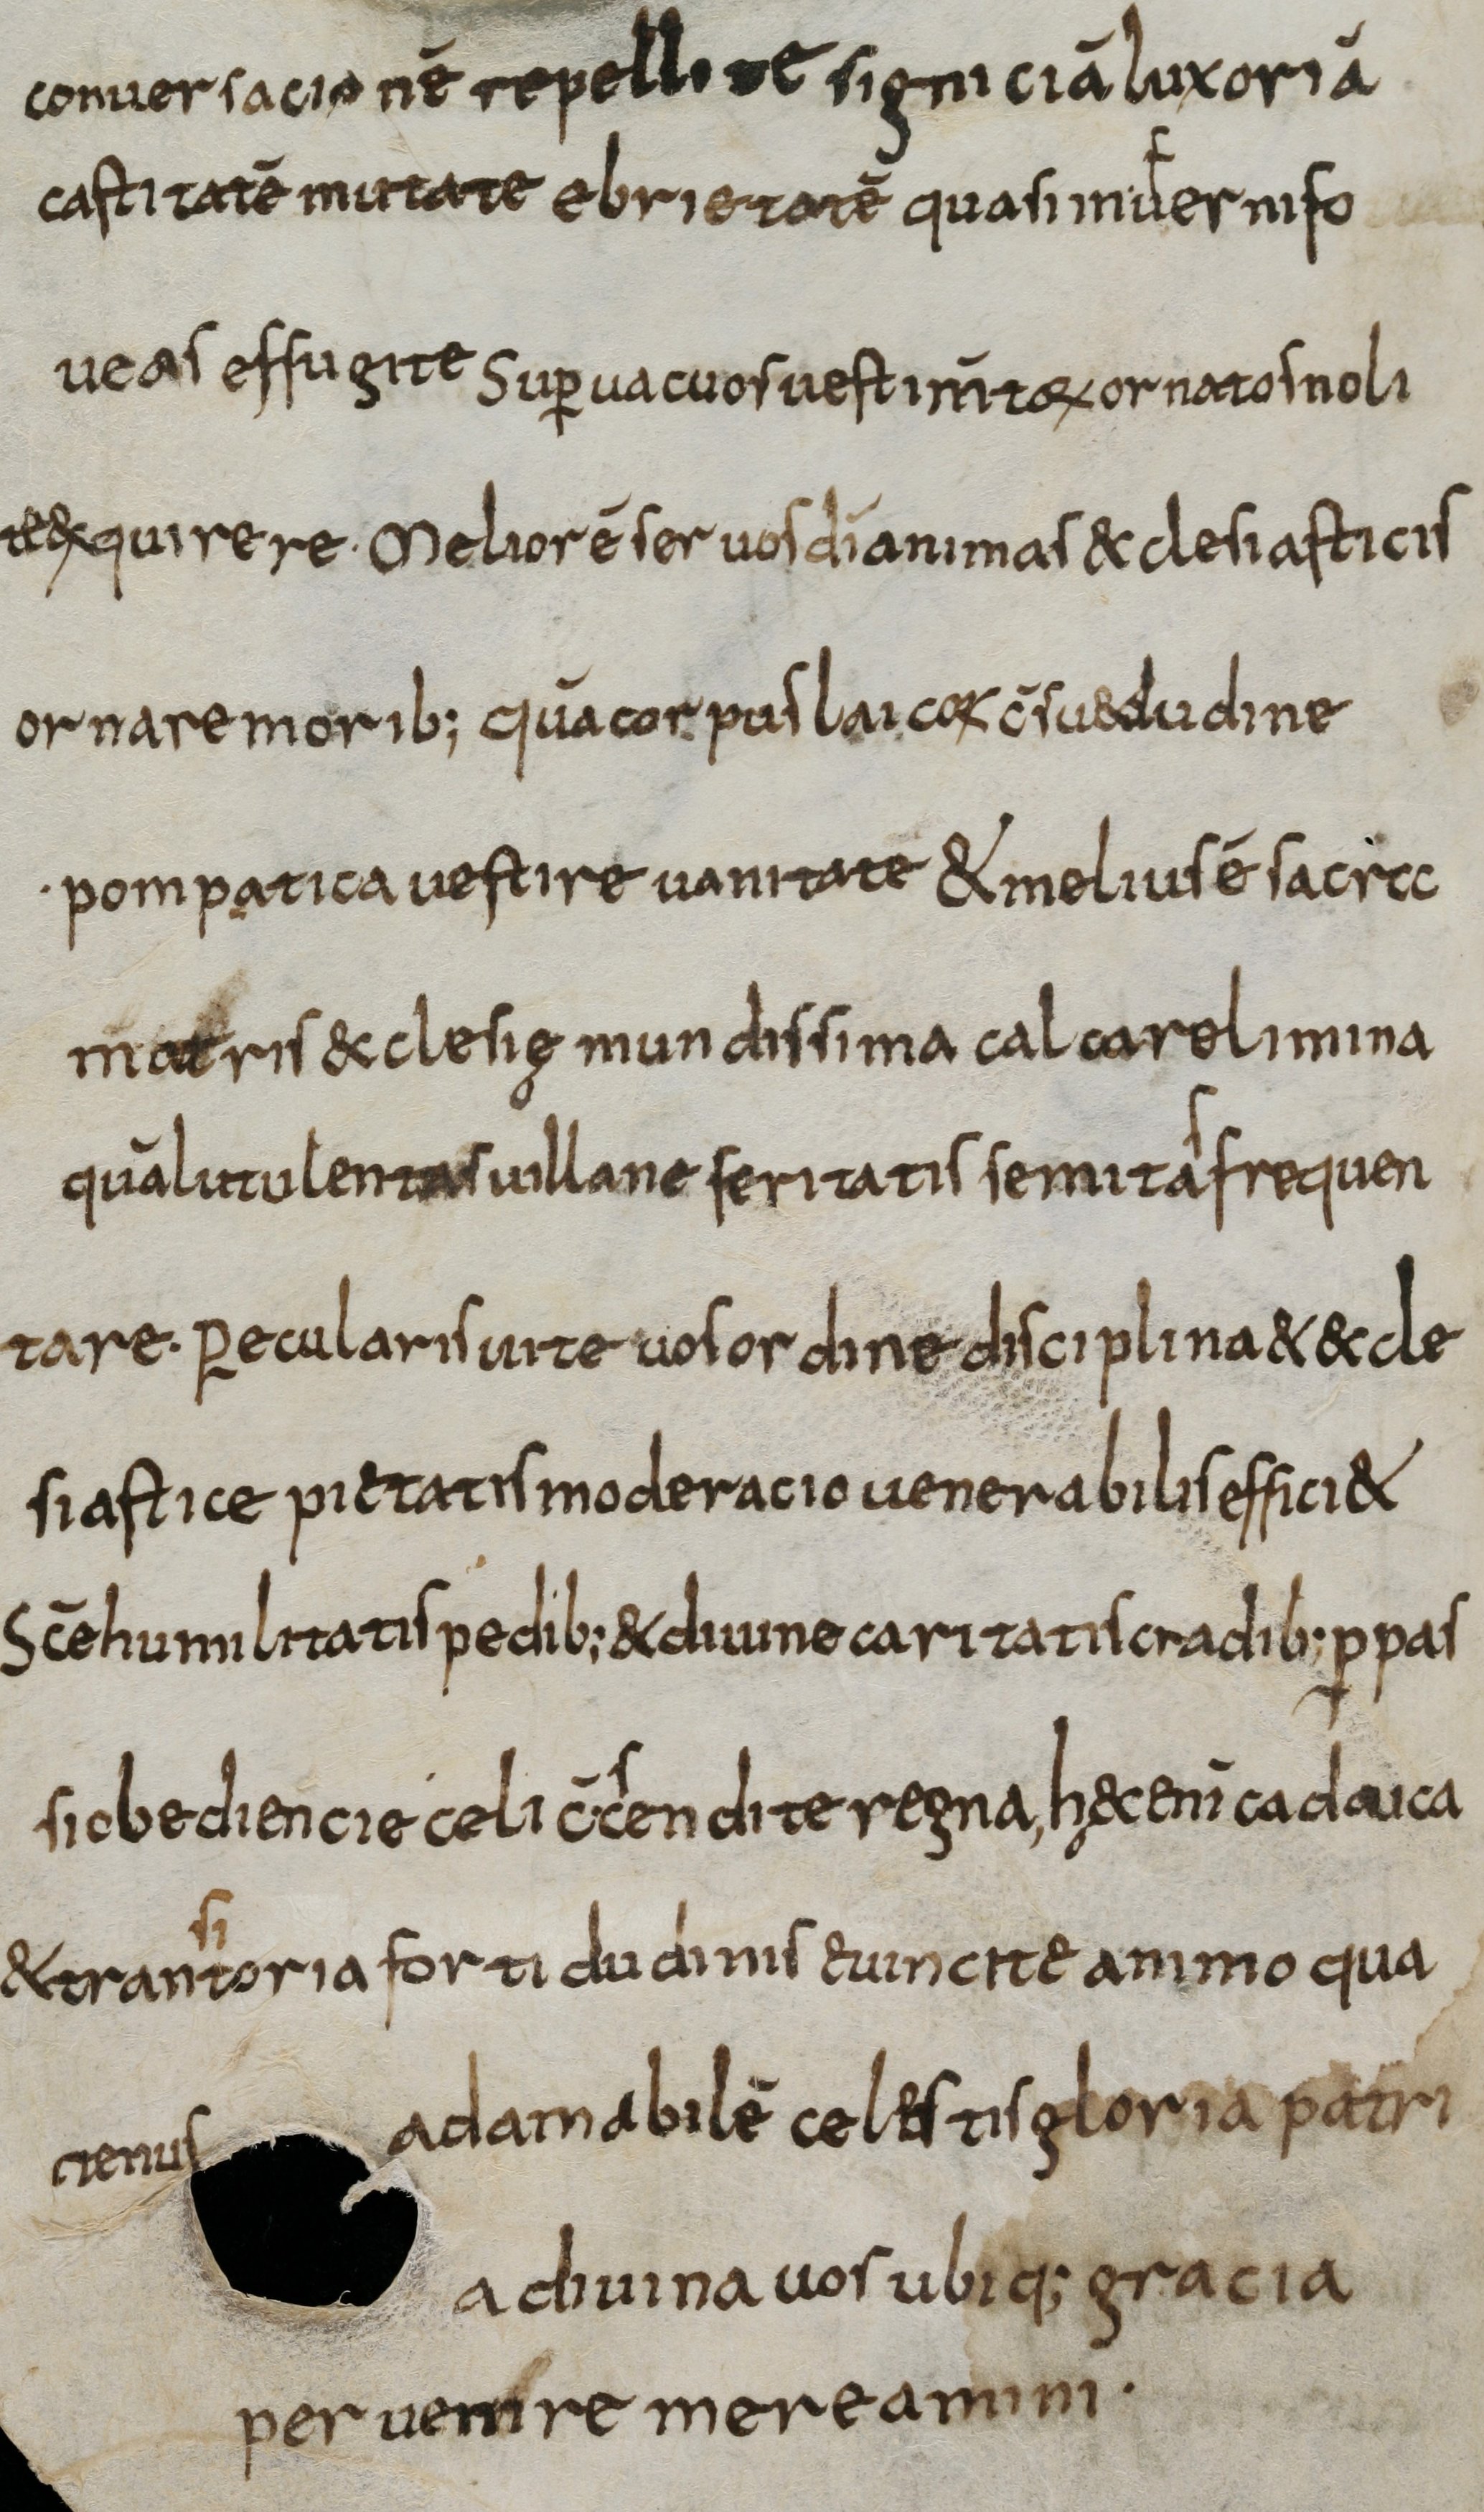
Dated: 800–830